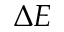
\Delta E